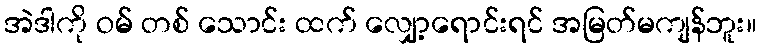
အဲဒါကို ဝမ် တစ် သောင်း ထက် လျှော့ရောင်းရင် အမြတ်မကျန်ဘူး။